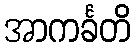
အာကင်္ခတိ